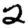
Digit: 2